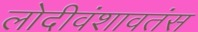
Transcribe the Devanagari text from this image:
लोदीवंशावतंस